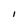
Character: l